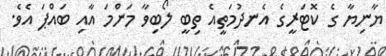
ޔާނިޔާ ގެ ކޮޓަރީގެ އެނދުމަތީއެ ތިބީ ލޯބިވާ މަންމަ އާއި ބައްޕަ އެވެ.